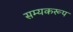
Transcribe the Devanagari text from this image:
सम्यकरूप